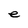
Character: e